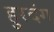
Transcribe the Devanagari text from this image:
हुरदंग